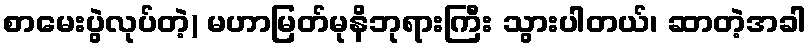
စာမေးပွဲလုပ်တဲ့) မဟာမြတ်မုနိဘုရားကြီး သွားပါတယ်၊ ဆာတဲ့အခါ